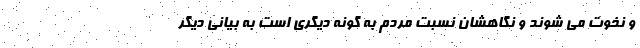
و نخوت می شوند و نگاهشان نسبت مردم به گونه دیگری است به بیانی دیگر